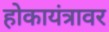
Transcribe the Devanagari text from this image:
होकायंत्रावर